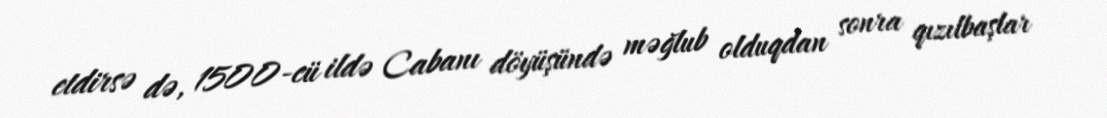
etdirsə də, 1500-cü ildə Cabanı döyüşündə məğlub olduqdan sonra qızılbaşlar